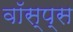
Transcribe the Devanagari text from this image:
वॉस्प्स